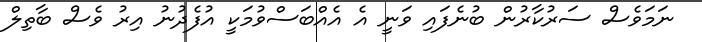
ނަމަވެސް ސަރުކާރުން ބުނެފައި ވަނީ އެ އެއްބަސްވުމަކީ އުފެދުނު އިރު ވެސް ބާތިލް